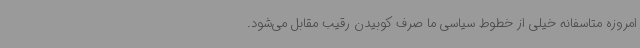
امروزه متاسفانه خیلی از خطوط سیاسی ما صرف کوبیدن رقیب مقابل می‌شود.